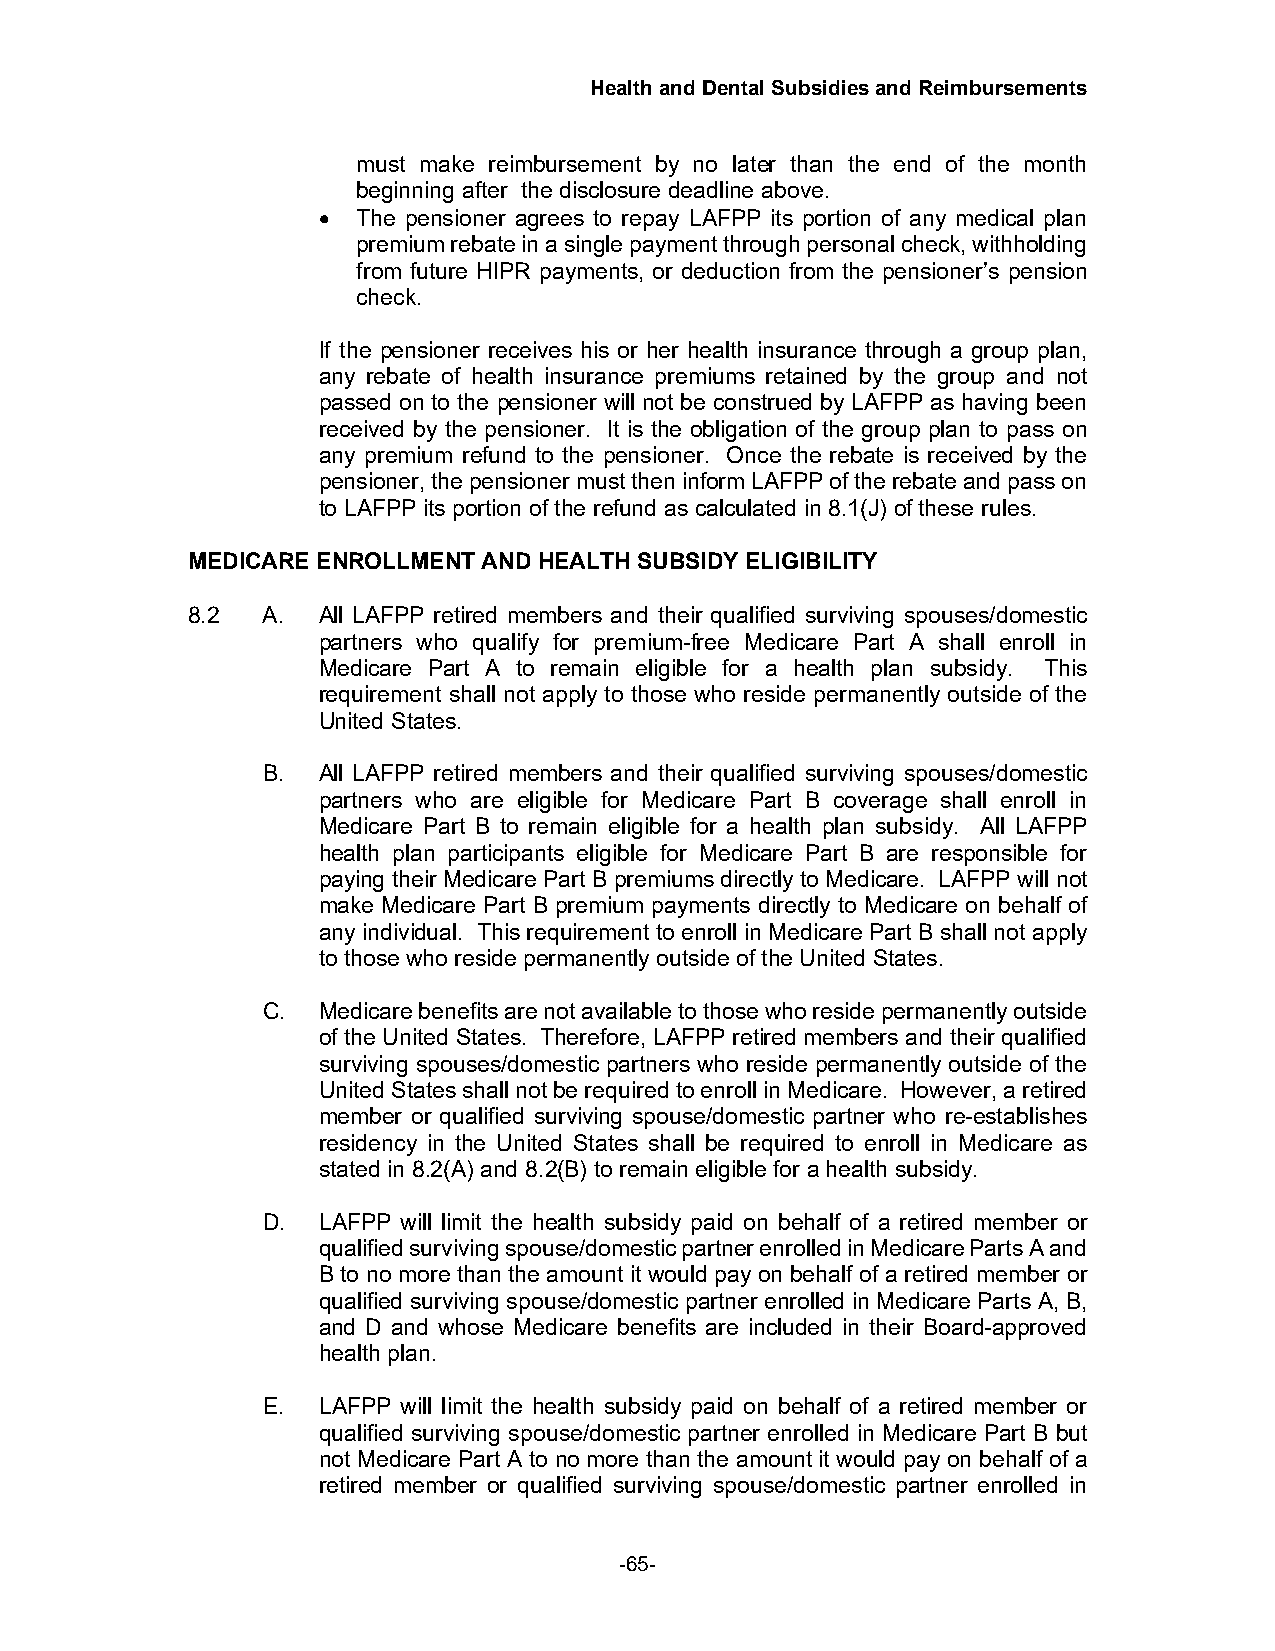
Health and Dental Subsidies and Reimbursements
 must make reimbursement by no later than the end of the month
 beginning after the disclosure deadline above.
 •  The pensioner agrees to repay LAFPP its portion of any medical plan
 premium rebate in a single payment through personal check, withholding
 from future HIPR payments, or deduction from the pensioner’s pension
 check.
 If the pensioner receives his or her health insurance through a group plan,
 any rebate of health insurance premiums retained by the group and not
 passed on to the pensioner will not be construed by LAFPP as having been
 received by the pensioner. It is the obligation of the group plan to pass on
 any premium refund to the pensioner. Once the rebate is received by the
 pensioner, the pensioner must then inform LAFPP of the rebate and pass on
 to LAFPP its portion of the refund as calculated in 8.1(J) of these rules.
 MEDICARE ENROLLMENT AND HEALTH SUBSIDY ELIGIBILITY
 8.2  A.  All LAFPP retired members and their qualified surviving spouses/domestic
 partners who qualify for premium-free Medicare Part A shall enroll in
 Medicare Part A to remain eligible for a health plan subsidy. This
 requirement shall not apply to those who reside permanently outside of the
 United States.
 B.  All LAFPP retired members and their qualified surviving spouses/domestic
 partners who are eligible for Medicare Part B coverage shall enroll in
 Medicare Part B to remain eligible for a health plan subsidy. All LAFPP
 health plan participants eligible for Medicare Part B are responsible for
 paying their Medicare Part B premiums directly to Medicare. LAFPP will not
 make Medicare Part B premium payments directly to Medicare on behalf of
 any individual. This requirement to enroll in Medicare Part B shall not apply
 to those who reside permanently outside of the United States.
 C.  Medicare benefits are not available to those who reside permanently outside
 of the United States. Therefore, LAFPP retired members and their qualified
 surviving spouses/domestic partners who reside permanently outside of the
 United States shall not be required to enroll in Medicare. However, a retired
 member or qualified surviving spouse/domestic partner who re-establishes
 residency in the United States shall be required to enroll in Medicare as
 stated in 8.2(A) and 8.2(B) to remain eligible for a health subsidy.
 D.  LAFPP will limit the health subsidy paid on behalf of a retired member or
 qualified surviving spouse/domestic partner enrolled in Medicare Parts A and
 B to no more than the amount it would pay on behalf of a retired member or
 qualified surviving spouse/domestic partner enrolled in Medicare Parts A, B,
 and D and whose Medicare benefits are included in their Board-approved
 health plan.
 E.  LAFPP will limit the health subsidy paid on behalf of a retired member or
 qualified surviving spouse/domestic partner enrolled in Medicare Part B but
 not Medicare Part A to no more than the amount it would pay on behalf of a
 retired member or qualified surviving spouse/domestic partner enrolled in
 -65-